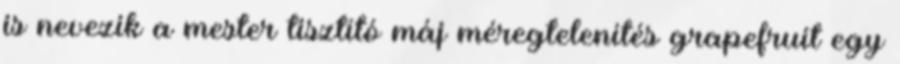
is nevezik a mester tisztító máj méregtelenítés grapefruit egy